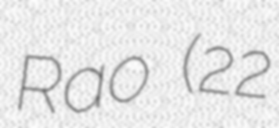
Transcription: Rao (22